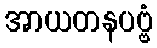
အာယတနပဗ္ဗံ